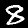
Label: 8